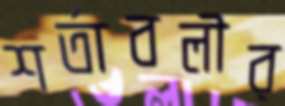
শর্তাবলীর